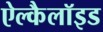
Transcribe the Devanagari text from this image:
ऐल्कैलॉइड